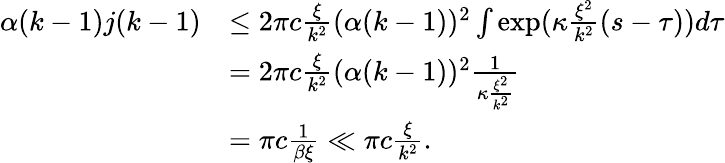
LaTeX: \begin{array}{rl}{\alpha(k-1)j(k-1)}&{\le 2\pi c\frac\xi{k^{2}}(\alpha(k-1))^{2}\int\exp(\kappa\frac{\xi^{2}}{k^{2}}(s-\tau))d\tau}\\ &{=2\pi c\frac\xi{k^{2}}(\alpha(k-1))^{2}\frac 1{\kappa\frac{\xi^{2}}{k^{2}}}}\\ &{=\pi c\frac 1{\beta\xi}\ll\pi c\frac{\xi}{k^{2}}.}\end{array}